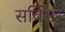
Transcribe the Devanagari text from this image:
सर्विसर